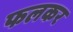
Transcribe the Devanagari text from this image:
फलकर